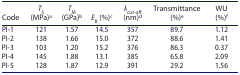
<table><thead><tr><td><b>Code</b></td><td><b><i>T</i><sub>S</sub> (MPa)<sup>a</sup></b></td><td><b><i>T</i><sub>M</sub> (GPa)<sup>b</sup></b></td><td><b><i>E</i><sub>B</sub> (%)<sup>c</sup></b></td><td><b><i>λ</i><sub>cut-off</sub> (nm)<sup>d</sup></b></td><td><b>Transmittance (%)<sup>e</sup></b></td><td><b>WU (%)<sup>f</sup></b></td></tr></thead><tbody><tr><td>PI-1</td><td>121</td><td>1.57</td><td>14.5</td><td>357</td><td>89.7</td><td>1.12</td></tr><tr><td>PI-2</td><td>138</td><td>1.66</td><td>15.0</td><td>372</td><td>88.6</td><td>1.41</td></tr><tr><td>PI-3</td><td>103</td><td>1.20</td><td>15.2</td><td>376</td><td>86.3</td><td>0.37</td></tr><tr><td>PI-4</td><td>145</td><td>1.88</td><td>13.1</td><td>385</td><td>65.8</td><td>2.09</td></tr><tr><td>PI-5</td><td>128</td><td>1.87</td><td>12.9</td><td>391</td><td>29.2</td><td>1.56</td></tr></tbody></table>